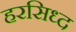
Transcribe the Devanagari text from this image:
हरसिध्द